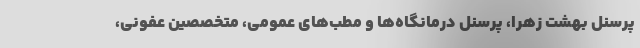
پرسنل بهشت زهرا، پرسنل درمانگاه‌ها و مطب‌های عمومی، متخصصین عفونی،